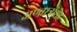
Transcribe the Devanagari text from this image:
अण्वस्त्रांसह